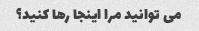
می توانید مرا اینجا رها کنید؟